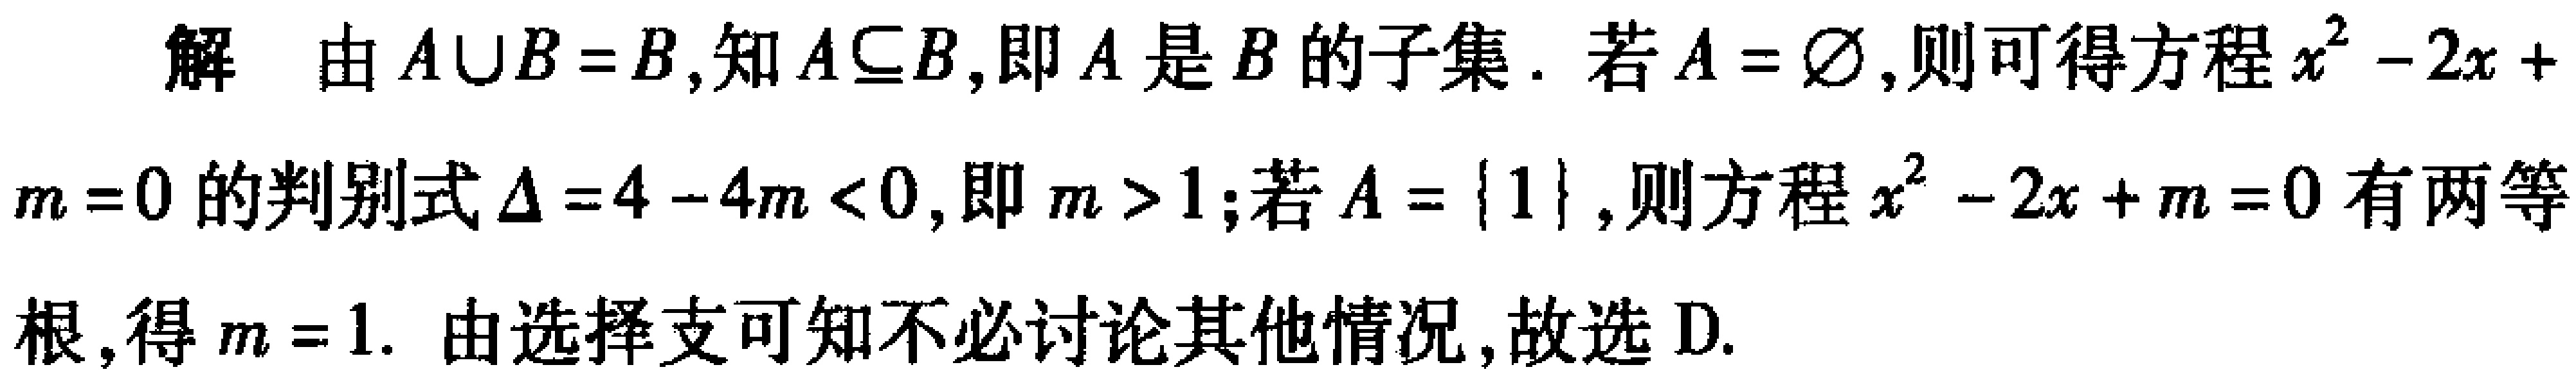
解 由 \(A\cup B = B\)，知 \(A\subseteq B\)，即 \(A\) 是 \(B\) 的子集. 若 \(A = \varnothing\)，则可得方程 \(x^{2}-2x + m = 0\) 的判别式 \(\Delta=4 - 4m<0\)，即 \(m>1\)；若 \(A = \{1\}\)，则方程 \(x^{2}-2x + m = 0\) 有两等根，得 \(m = 1\). 由选择支可知不必讨论其他情况，故选 D.